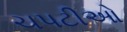
ચપટીઓ